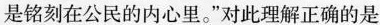
是铭刻在公民的内心里。”对此理解正确的是